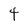
Character: 4